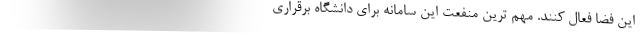
این فضا فعال کنند. مهم ترین منفعت این سامانه برای دانشگاه برقراری